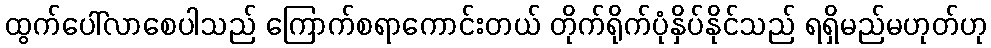
ထွက်ပေါ်လာစေပါသည် ကြောက်စရာကောင်းတယ် တိုက်ရိုက်ပုံနှိပ်နိုင်သည် ရရှိမည်မဟုတ်ဟု